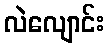
လဲလျောင်း